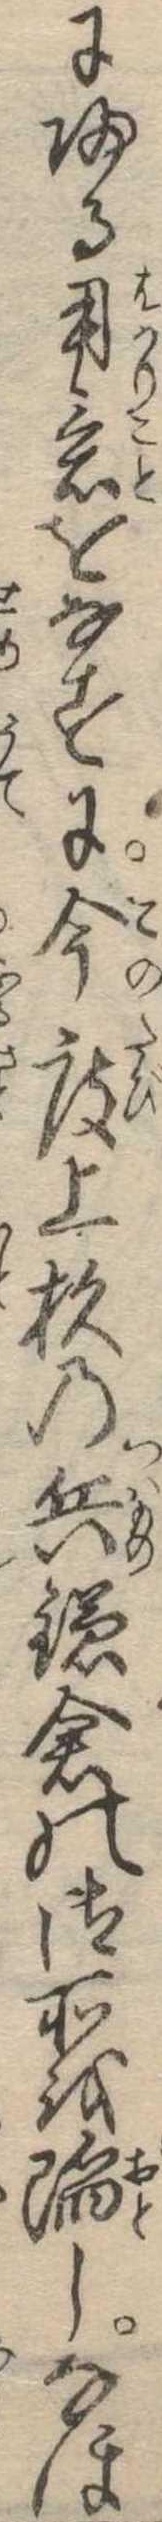
に帰る用意をなすに今度上杉の兵鎌倉の御所を陥しなほ